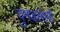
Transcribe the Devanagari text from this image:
दुमडलेली